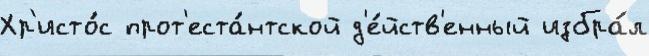
Хр'исто́с прот'еста́нтской д'е́йств'енный избра́л